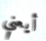
أيعني